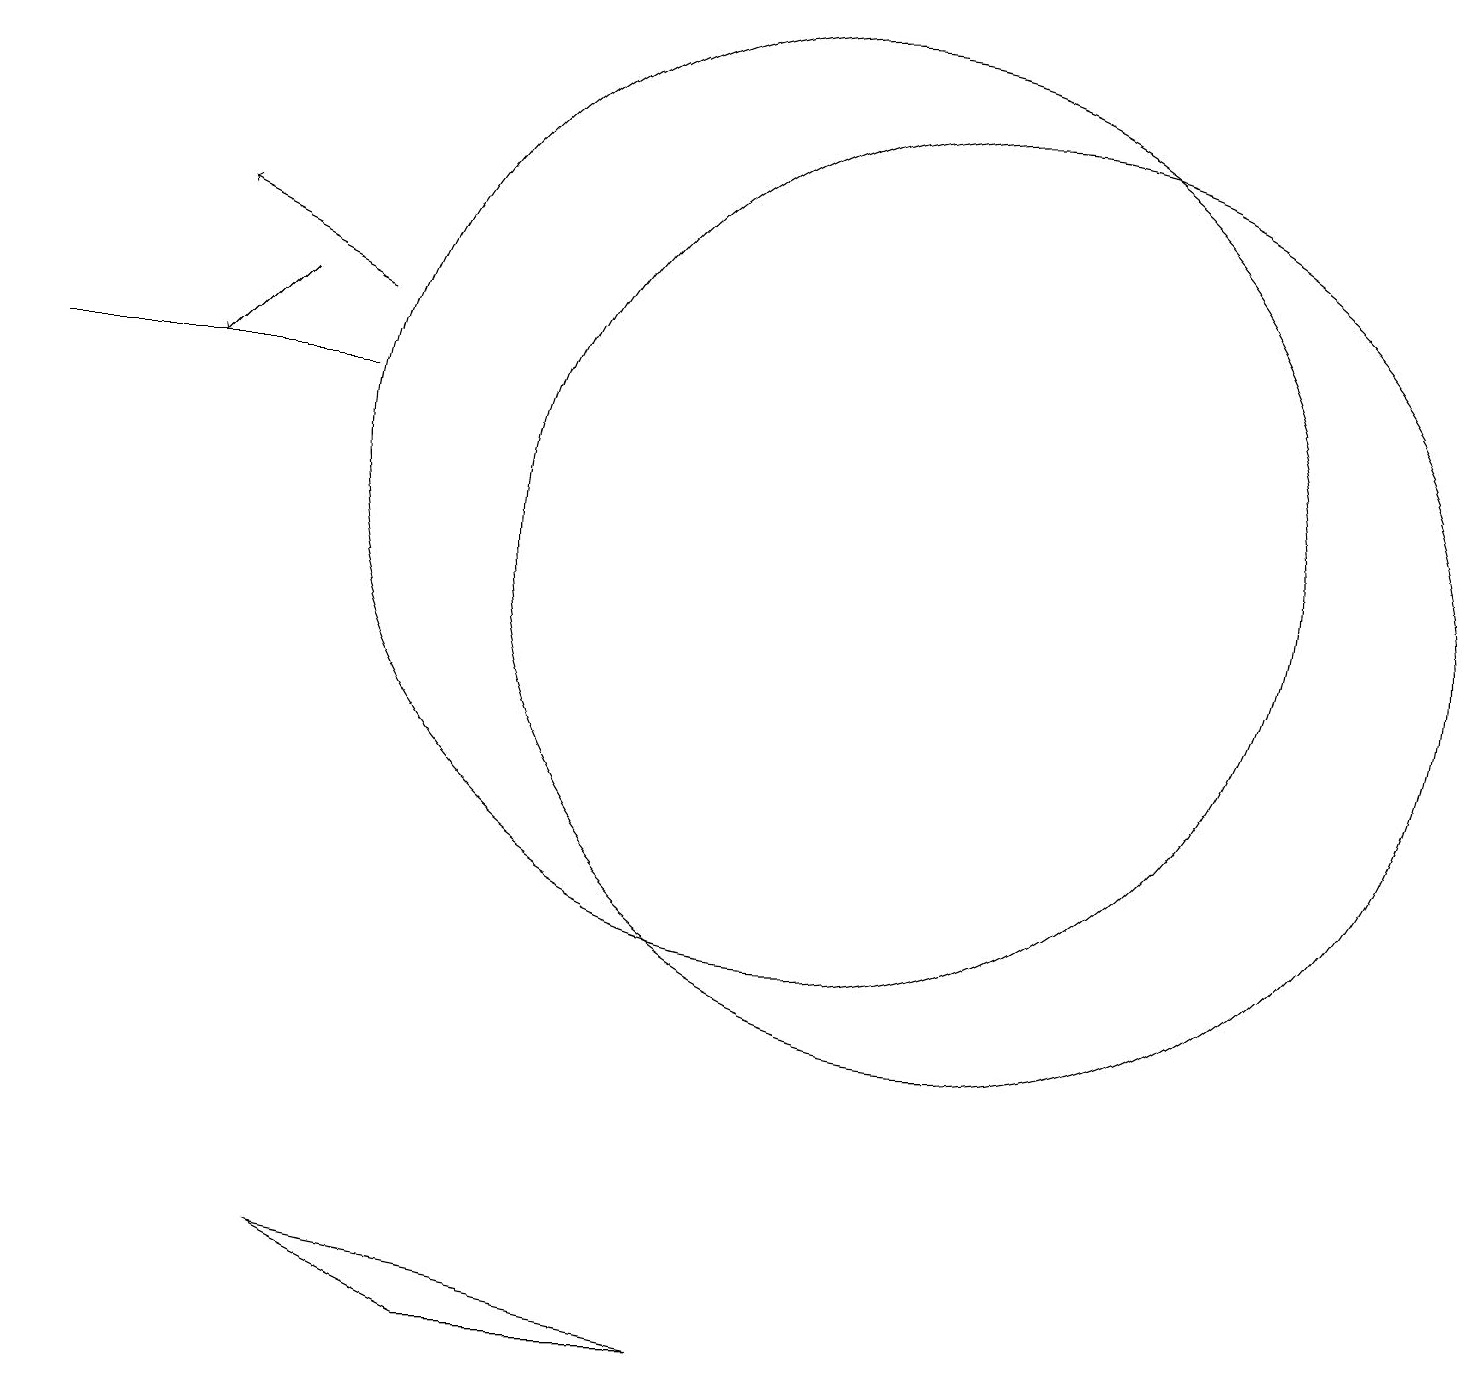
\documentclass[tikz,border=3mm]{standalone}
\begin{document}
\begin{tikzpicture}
\draw (10,10) circle (0);
\draw (12,10) circle (6);
\draw (0,12) rectangle (4,12);
\draw (10,11) circle (6);
\draw (9,0) -- (4,1) -- (6,0) -- cycle;
\draw[->] (3,13) -- (2,12);
\draw[->] (4,13) -- (2,14);
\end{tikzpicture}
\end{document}